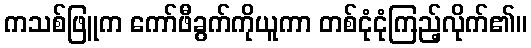
ကသစ်ဖြူက ကော်ဖီခွက်ကိုယူကာ တစ်ငုံငုံကြည့်လိုက်၏။